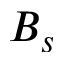
B _ { s }